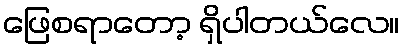
ဖြေစရာတော့ ရှိပါတယ်လေ။